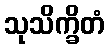
သုသိက္ခိတံ